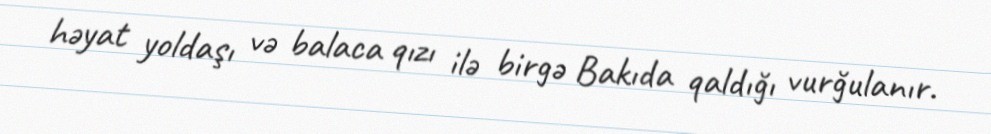
həyat yoldaşı və balaca qızı ilə birgə Bakıda qaldığı vurğulanır.